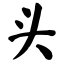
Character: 头